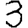
Digit: 3